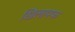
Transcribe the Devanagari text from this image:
खिलापफ